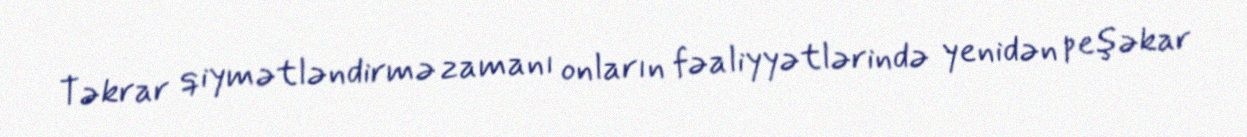
Təkrar qiymətləndirmə zamanı onların fəaliyyətlərində yenidən peşəkar